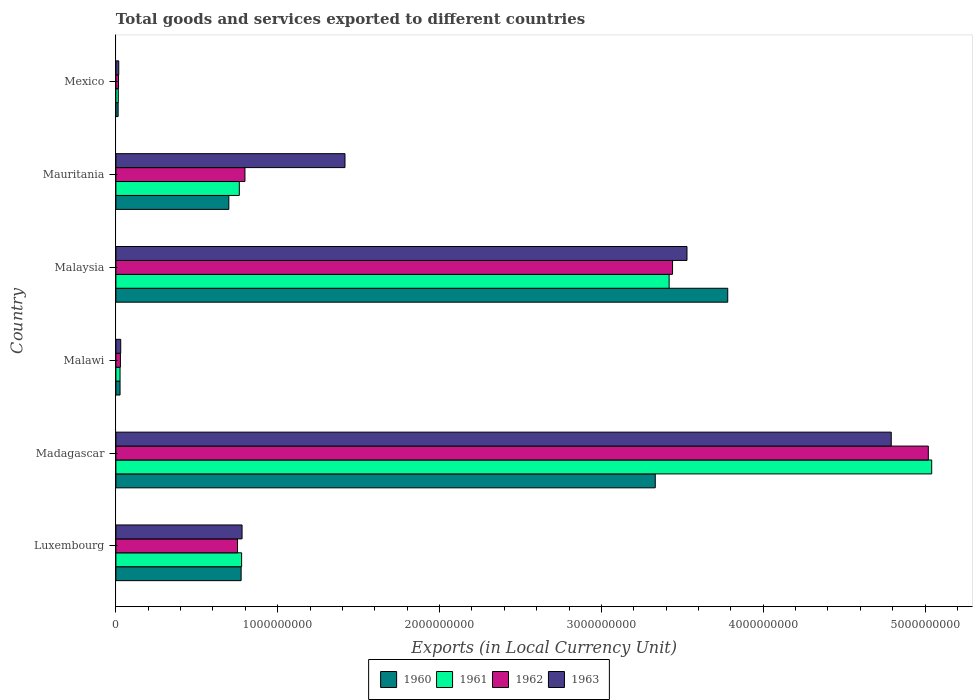
| Country | 1960 | 1961 | 1962 | 1963 |
 | --- | --- | --- | --- | --- |
 | Luxembourg | 7.74e+08 | 7.77e+08 | 7.52e+08 | 7.8e+08 |
 | Madagascar | 3.33e+09 | 5.04e+09 | 5.02e+09 | 4.79e+09 |
 | Malawi | 2.57e+07 | 2.57e+07 | 2.8e+07 | 2.98e+07 |
 | Malaysia | 3.78e+09 | 3.42e+09 | 3.44e+09 | 3.53e+09 |
 | Mauritania | 6.98e+08 | 7.63e+08 | 7.98e+08 | 1.42e+09 |
 | Mexico | 1.39e+07 | 1.49e+07 | 1.63e+07 | 1.76e+07 |